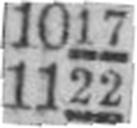
1122